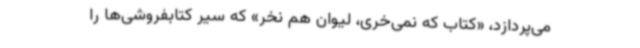
می‌پردازد، «کتاب که نمی‌خری، لیوان هم نخر» که سیر کتابفروشی‌ها را